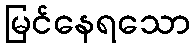
မြင်နေရသော